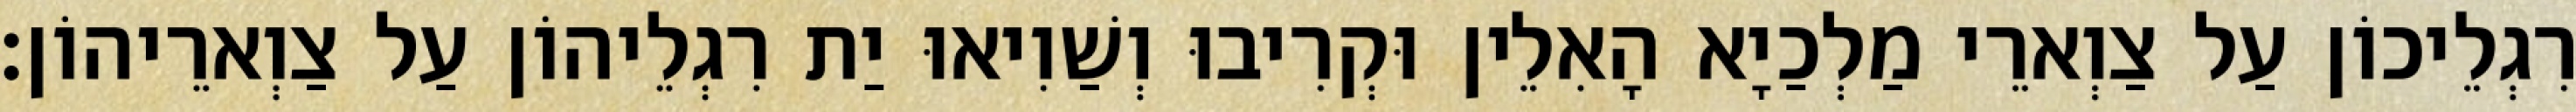
רִגְלֵיכוֹן עַל צַוְארֵי מַלְכַיָא הָאִלֵין וּקְרִיבוּ וְשַׁוִיאוּ יַת רִגְלֵיהוֹן עַל צַוְארֵיהוֹן׃